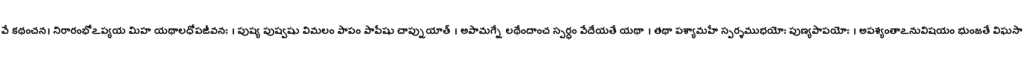
వే కథంచన। నిరారంభోఽప్యయ మిహ యథాలధోపజీవనః । పుష్య పుష్వషు విమలం పాపం పాపేషు చాప్నుయాత్ । అపామగ్నే లథేందాంచ స్పర్ధం వేదేయతే యథా । తథా పశ్యామహే స్పర్శముభయోః పుణ్యపాపయోః । అపశ్యంతాఽనువిషయం భుంజతే విఘసా